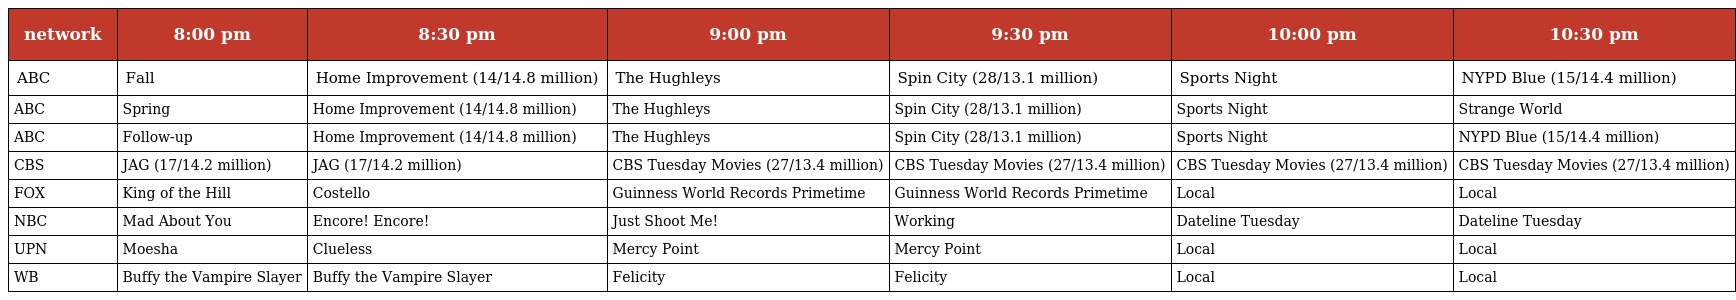
| network | 8:00 pm | 8:30 pm | 9:00 pm | 9:30 pm | 10:00 pm | 10:30 pm |
 | --- | --- | --- | --- | --- | --- | --- |
 | ABC | Fall | Home Improvement (14/14.8 million) | The Hughleys | Spin City (28/13.1 million) | Sports Night | NYPD Blue (15/14.4 million) |
 | ABC | Spring | Home Improvement (14/14.8 million) | The Hughleys | Spin City (28/13.1 million) | Sports Night | Strange World |
 | ABC | Follow-up | Home Improvement (14/14.8 million) | The Hughleys | Spin City (28/13.1 million) | Sports Night | NYPD Blue (15/14.4 million) |
 | CBS | JAG (17/14.2 million) | JAG (17/14.2 million) | CBS Tuesday Movies (27/13.4 million) | CBS Tuesday Movies (27/13.4 million) | CBS Tuesday Movies (27/13.4 million) | CBS Tuesday Movies (27/13.4 million) |
 | FOX | King of the Hill | Costello | Guinness World Records Primetime | Guinness World Records Primetime | Local | Local |
 | NBC | Mad About You | Encore! Encore! | Just Shoot Me! | Working | Dateline Tuesday | Dateline Tuesday |
 | UPN | Moesha | Clueless | Mercy Point | Mercy Point | Local | Local |
 | WB | Buffy the Vampire Slayer | Buffy the Vampire Slayer | Felicity | Felicity | Local | Local |